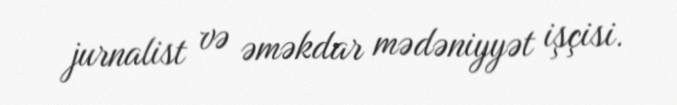
jurnalist və əməkdar mədəniyyət işçisi.